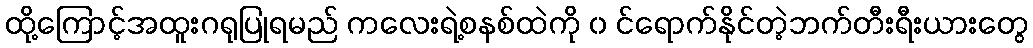
ထို့ကြောင့်အထူးဂရုပြုရမည် ကလေးရဲ့စနစ်ထဲကို ၀ င်ရောက်နိုင်တဲ့ဘက်တီးရီးယားတွေ